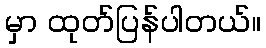
မှာ ထုတ်ပြန်ပါတယ်။